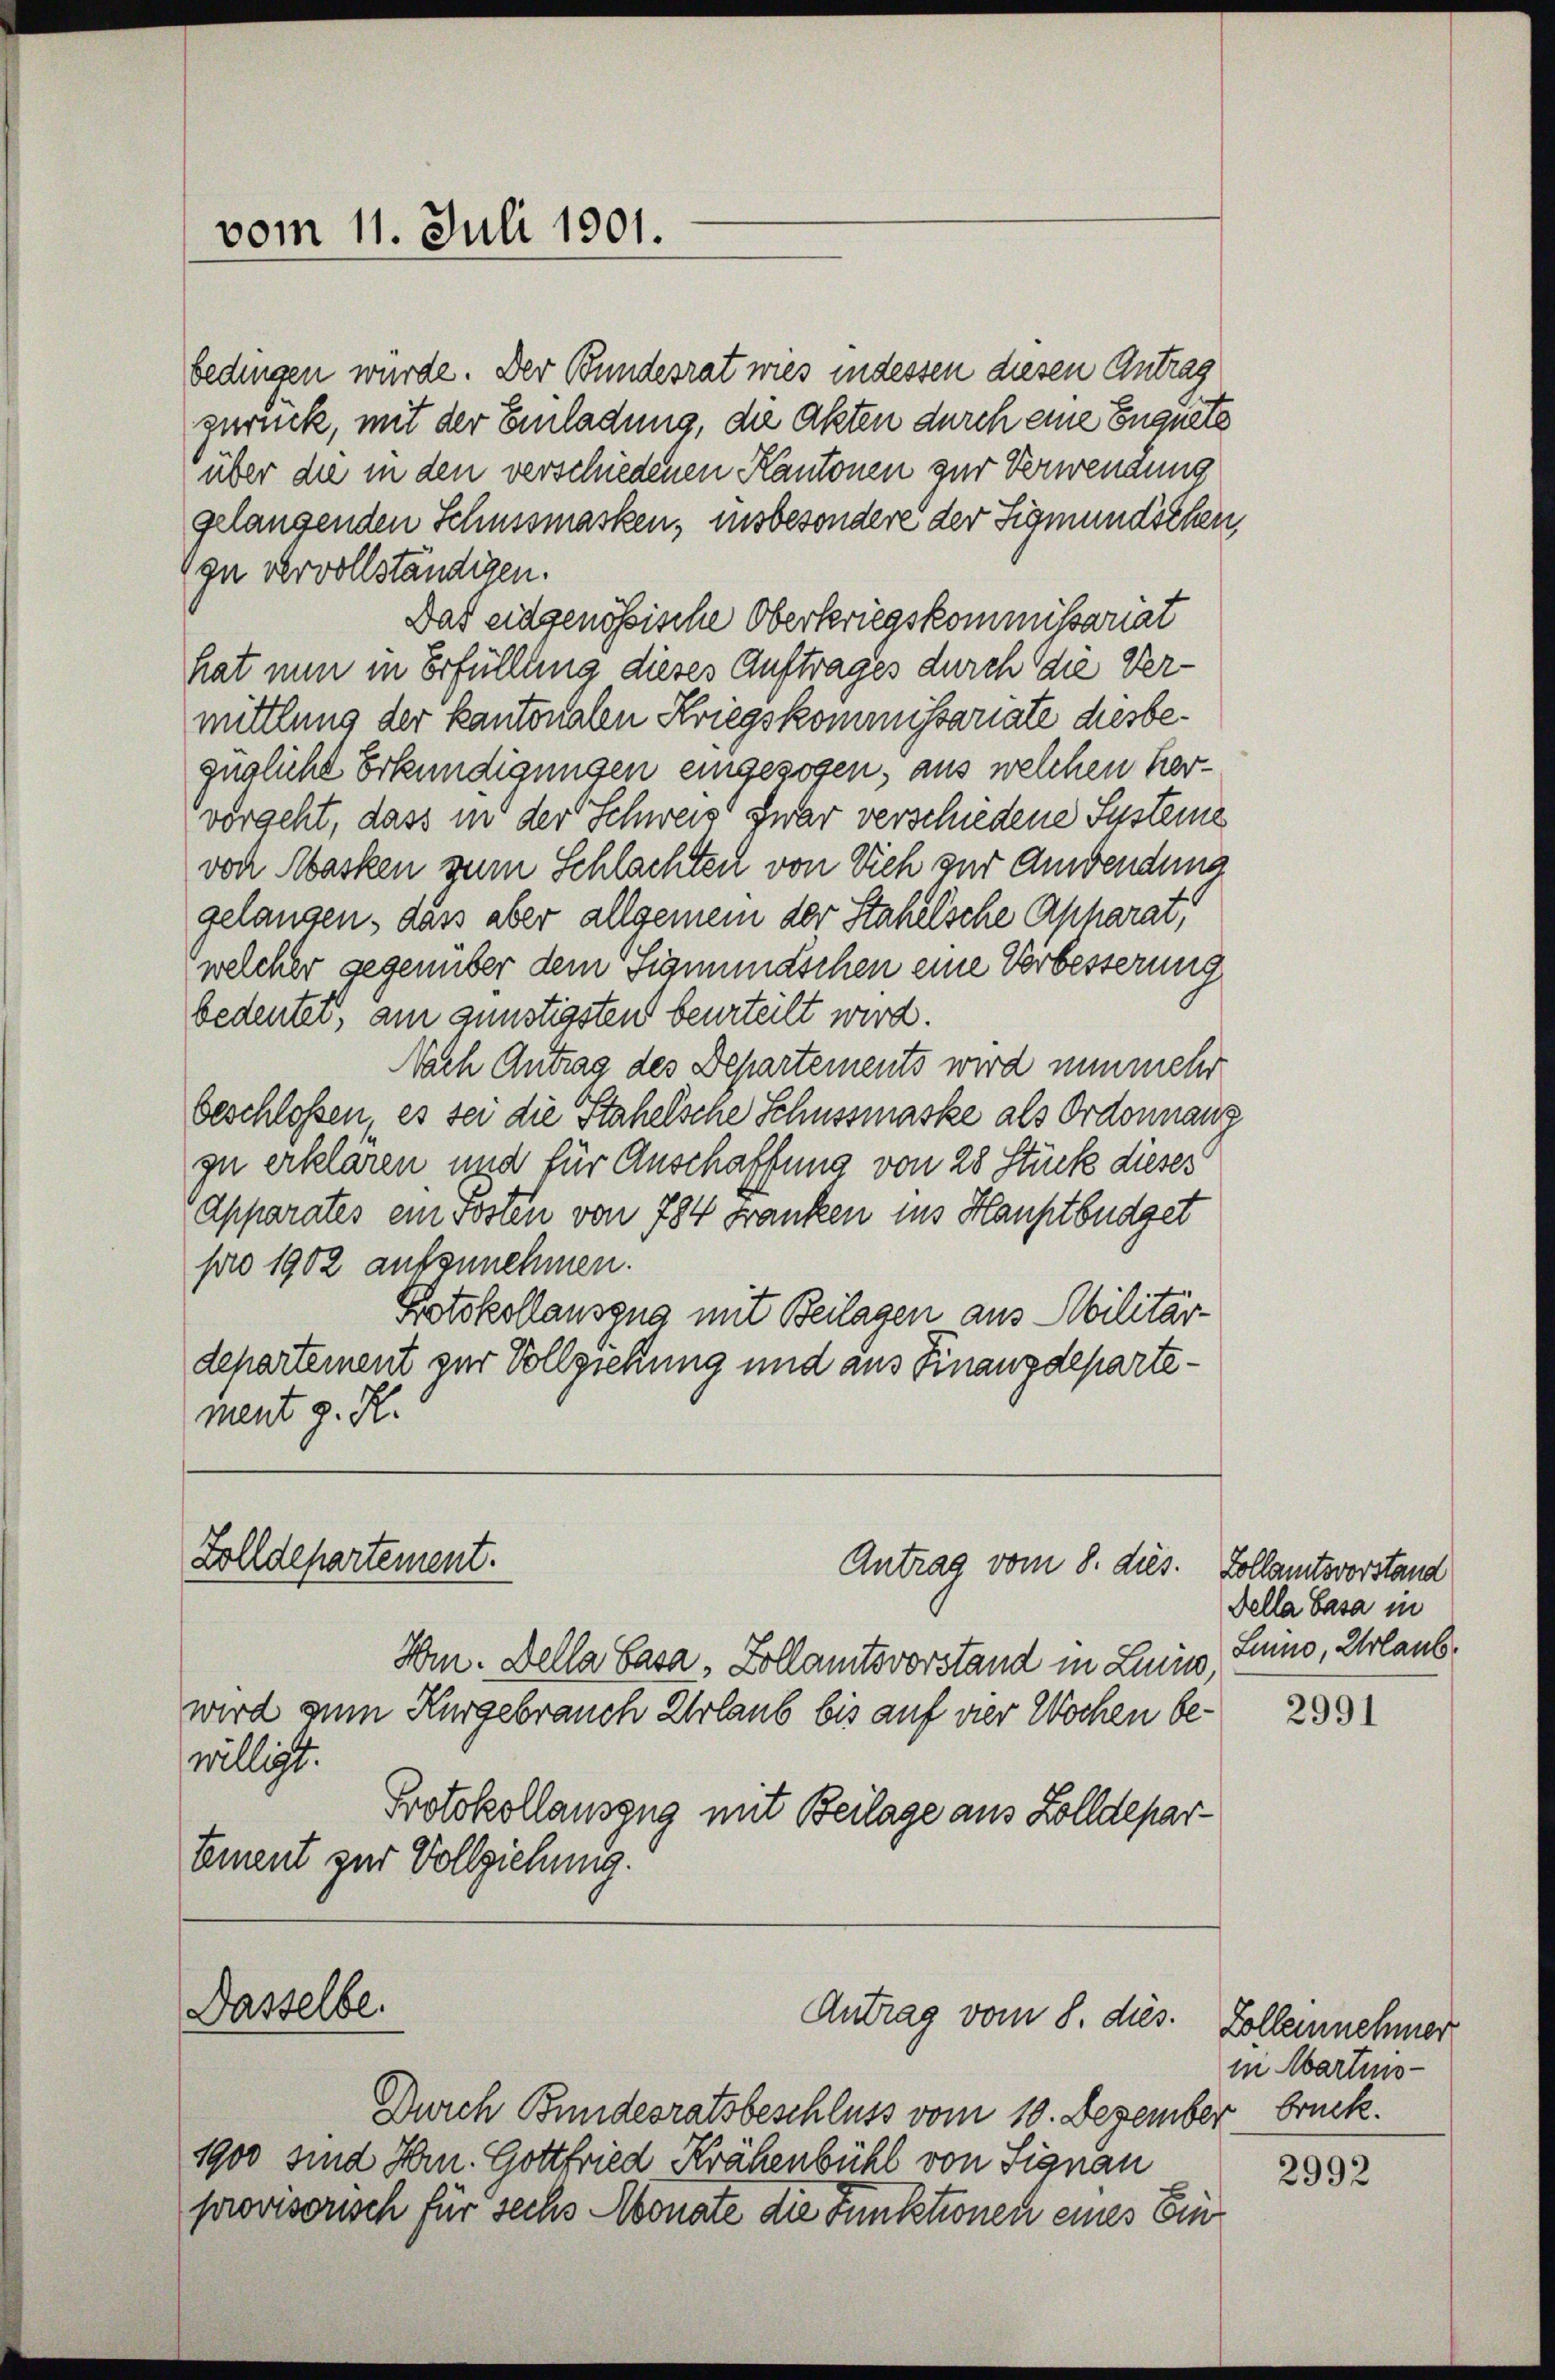
vom 11. Juli 1901.

Zolldepartement.

Dasselbe.

bedingen wurde. Der Bundesrat wies indessen diesen Antrag
zurück, mit der Einladung, die Akten durch eine Enguete
über die in den verschiedenen Kantonen zur Verwendung
gelangenden Schussmarken, insbesondere der Sigmundschen,
zu vervollständigen.
Das eidgenössische Oberkriegskommissariat
hat nun in Erfüllung dieses Auftrages durch die Vermittlung der kantonalen Kriegskommissariate diesbezügliche Erkundigungen eingezogen, aus welchen Hervorgeht, dass in der Schweis zwar verschiedene Susteme
von Masken zum Schlachten von Vieh zur Anwendung
gelangen, dass aber allseinem der Stahelsche Apparat
welcher gegenüber dem Signnmaschen eine Verbesserung
bedeutet, am günstigsten beurteilt wird.
Nach Antrag des Departements wird nunmehr
beschloßen, es sei die Stahelsche Schussmaske als Ordonnanz
zu erklären und für Anschaffung von 28 Stück dieses
Apparates ein sosten von 784 Franken ins Hauptbüdget
pro 1902 aufzunehmen.
Protokollauszug mit Beilagen aus Abilitär-
departement zur Vollziehung und aus Finanzdepartement z. R.

Antrag vom 8. dies. Kollamtsvorstand

Antrag vom 8. dies

Hr. Della Gasa, Zollamtsvorstand in Linie,
wird zum Kurgebrauch Urlaub bis auf der Wochen bewilligt.
Protokollauszug mit Beilage aus Zolldepar¬
Ement zur Vollziehung.

Durch Bundesratsbeschluss vom 10. Dezember bruck.
1900 sind Hrn. Gottfried Krähenbühl von Signau
provisorisch für sechs Monate die Funktionen eines Ein

Fella Basa in
Lino, Urlaub.

2991

Zollernehmer
in Martins-

2992